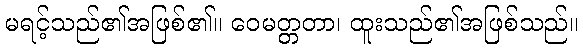
မရင့်သည်၏အဖြစ်၏။ ဝေမတ္တတာ၊ ထူးသည်၏အဖြစ်သည်။